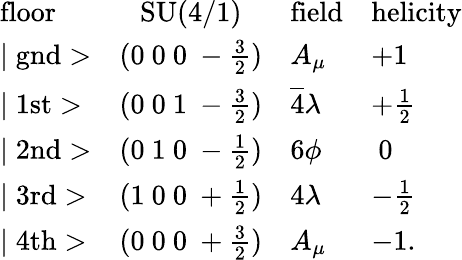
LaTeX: \begin{array}{lcll}{{\mathrm{floor}}}&{{\mathrm{SU(4/1)}}}&{{\mathrm{field}}}&{{\mathrm{helicity}}}\\ {{\mid\mathrm{gnd}>}}&{{(0~0~0~-\frac{3}{2})}}&{{A_{\mu}}}&{{+1}}\\ {{\mid\mathrm{1st}>}}&{{(0~0~1~-\frac{3}{2})}}&{{\overline{{4}}\lambda}}&{{+\frac{1}{2}}}\\ {{\mid\mathrm{2nd}>}}&{{(0~1~0~-\frac{1}{2})}}&{{6\phi}}&{{~0}}\\ {{\mid\mathrm{3rd}>}}&{{(1~0~0~+\frac{1}{2})}}&{{4\lambda}}&{{-\frac{1}{2}}}\\ {{\mid\mathrm{4th}>}}&{{(0~0~0~+\frac{3}{2})}}&{{A_{\mu}}}&{{-1.}}\end{array}